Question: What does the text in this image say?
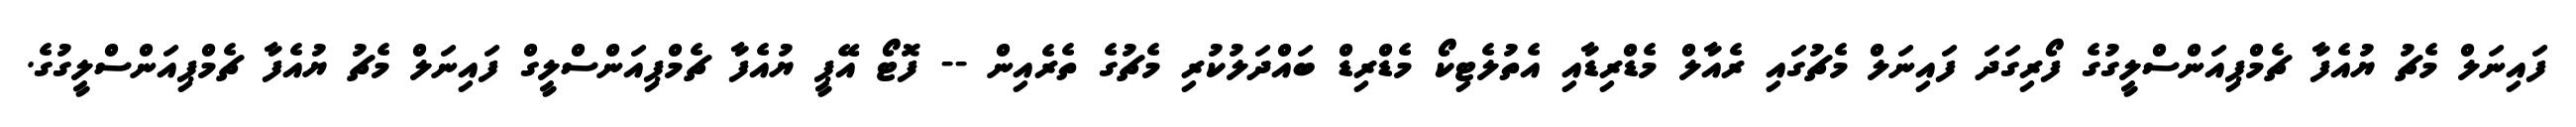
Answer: ފައިނަލް މެޗު ޔުއެފާ ޗެމްޕިއަންސްލީގުގެ ފޯރިގަދަ ފައިނަލް މެޗުގައި ރެއާލް މެޑްރިޑާއި އެތުލެޓިކޯ މެޑްރިޑް ބައްދަލުކުރި މެޗުގެ ތެރެއިން -- ފޮޓޯ އޭޕީ ޔުއެފާ ޗެމްޕިއަންސްލީގް ފައިނަލް މެޗު ޔުއެފާ ޗެމްޕިއަންސްލީގުގެ.